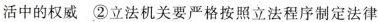
活中的权威②立法机关要严格按照立法程序制定法律